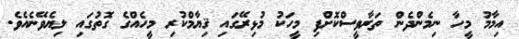
އިމާމު މީހާ ނިމެންދެން ތަރާވީސްކޮށްފި މީހަކު މުޅިރޭގައި ޤިޔާމްކުރި މީހެއްގެ ގޮތުގައި ލިޔެވޭނެއެވެ.